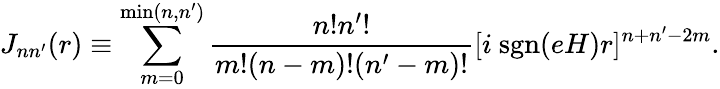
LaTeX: J_{nn^{\prime}}(r)\equiv\sum_{m=0}^{\mathrm{min}(n,n^{\prime})}\frac{n!n^{\prime}!}{m!(n-m)!(n^{\prime}-m)!}[i~\mathrm{sgn}(eH)r]^{n+n^{\prime}-2m}.